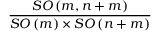
\frac { S O \left( m , n + m \right) } { S O \left( m \right) \times S O \left( n + m \right) }